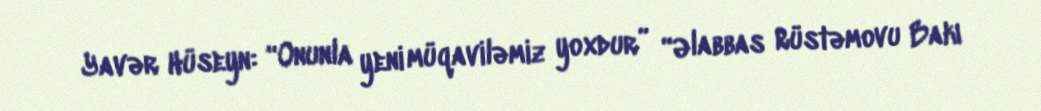
Yavər Hüseyn: “Onunla yeni müqaviləmiz yoxdur” “Əlabbas Rüstəmovu Bakı